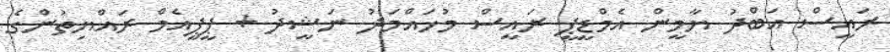
ރައީސް އަބްދު ޔާމީން އެމްޑީޕީ ރައީސް މުހައްމަދު ނަޝީދު + ޕީޕީއެމް ރައްޔިތުންގެ